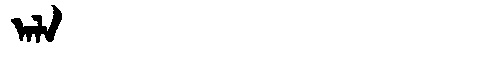
Manchu: ᠠᠯᠠ
Romanization: ALA